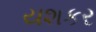
યશકર